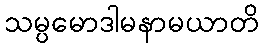
သမ္ပမောဒါမနာမယာတိ